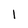
Character: 1